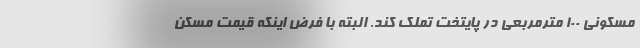
مسکونی ۱۰۰ مترمربعی در پایتخت تملک کند. البته با فرض اینکه قیمت مسکن